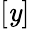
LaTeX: [\mathit{y}]